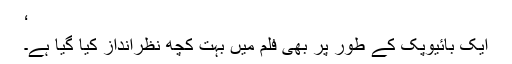
‘
ایک بائیوپک کے طور پر بھی فلم میں بہت کچھ نظرانداز کیا گيا ہے۔